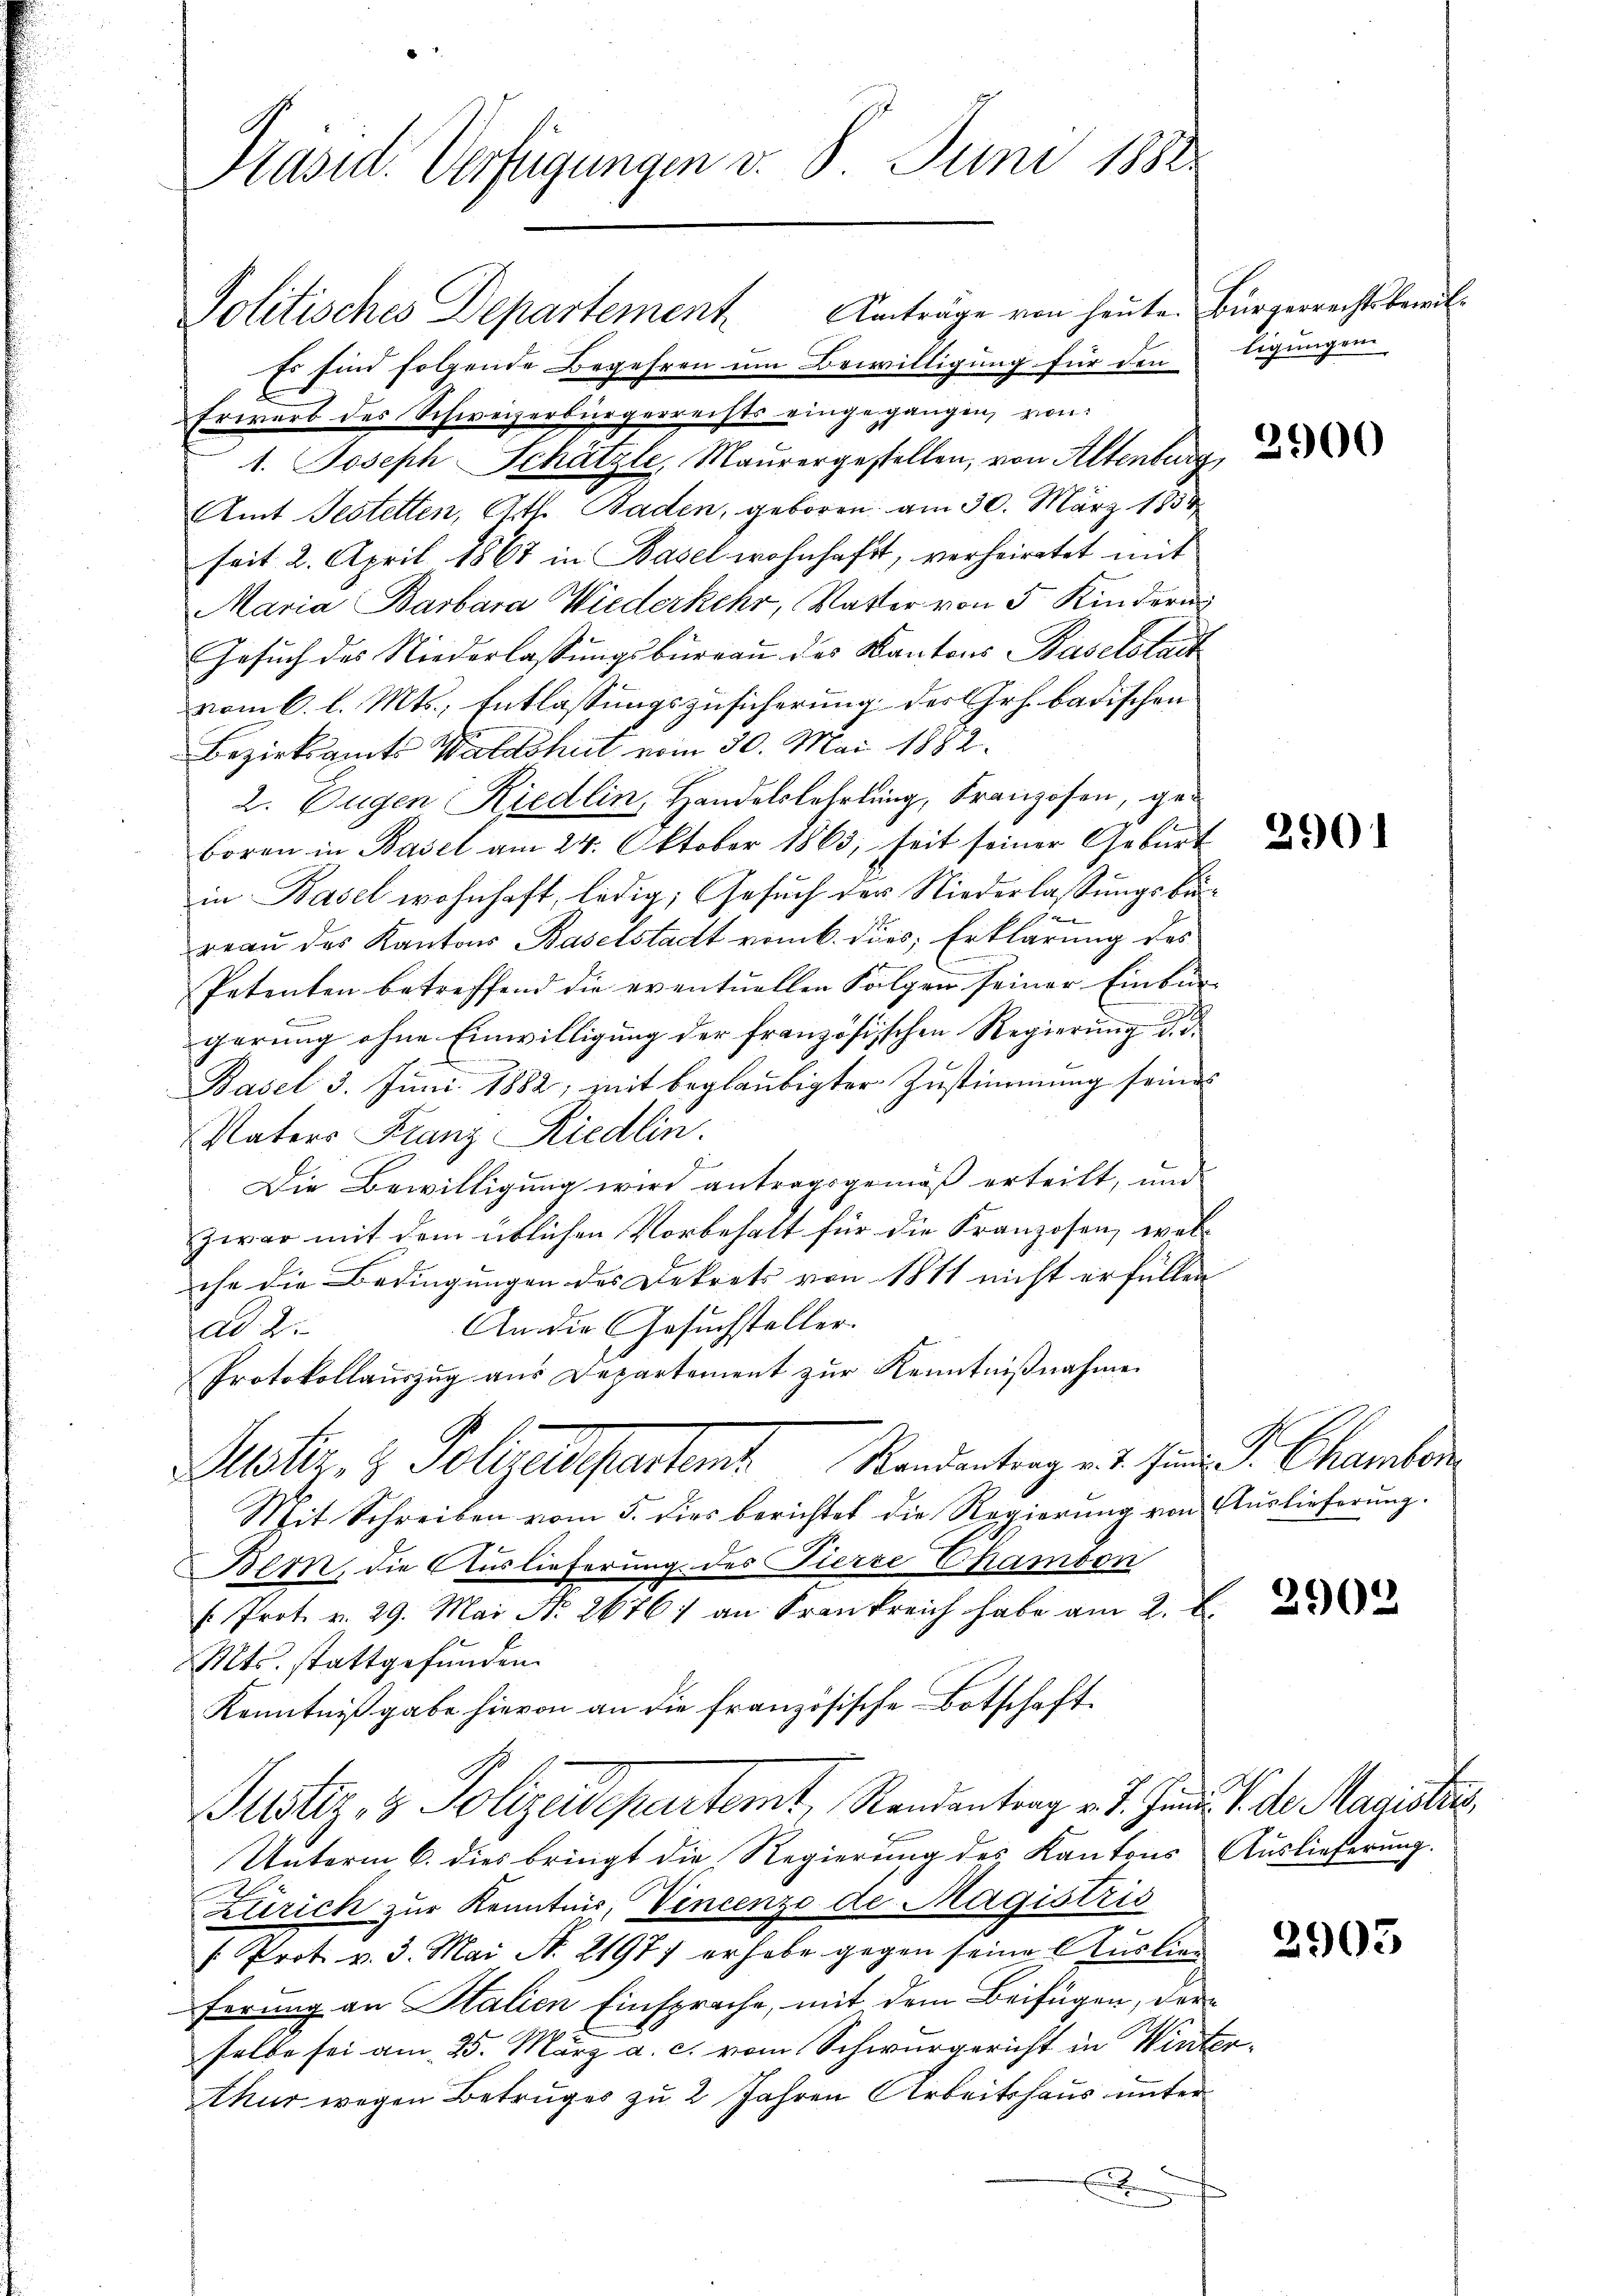
Präsid. Verfügungen v. 8. Juni 1888

Es sind folgende Begehren um Bewilligung für den
Erwarb des Schweizerbürgerrechts eingegangen, von
1. Joseph Schätzli, Maurergestellen, von Altenburg,
Amt Jestetten, Ath. Baden, geboren. am 30. März 1834
seit 2. April 1867 in Basel wohnhaft, verheiratet mit
Maria Barbara Wiederkehr, Vatter von 5 Kinderung
Gesuch des Niederlassungsbureau des Kantons Baselstadt
vom 6. l. Mts., Entlassungszusicherung des Chrh. badischen
Bezirksamts Waldshut vom 30. Mai 1882.
2. Augen Riedlin, Handelslehrtung, Franzosen, geboren in Basel am 24. Oktober 1863; seit seiner Geburt
in Basel wohnhaft, ledig, Gesuch der Niederlassungsber
reau das Kantons Baselstadt vom 6. die Erklärung des
Petenten betreffend die eventuellen Folgen seiner Einbür-
gerung ohne Einwilligung der französischen Regierung d. d.
Basel 3. Juni 1882, mit beglaubigter Zustimmung seines
Vaters Franz Riedlin.
Die Bewilligung wird antragsgemäß erteilt, und
zwar mit dem üblichen Vorbehalt für die Franzosen, welche die Bedingungen des Dekrets von 1811 nicht erfüllen
An die Gesuchsteller.
ad. 2.
Protokollauszug aus Departement zur Kenntnißnahme
Alster, 2 Polizeispartent Randentrag es sie L. Chamber
Mit Schreiben vom 5. dies berichtet die Regierŭng von Auslieferŭng.
Bem, die Auslieferung des Fierze Chambon
. Prot. v. 29. Mai No. 2676) an Frankreich habe am 2. d.
Mts. stattgefunden.
Kenntnißgabe hievon an die französische Botschaft¬
Justiz & Polizeidepartemt, Randantrag v. J. Januar d. d. Magistra
Unterm 6. dies bringt die Regierung des Kantons Auslieferung.
Zürich zur Kenntnis, Vincenzo de Magistris
[Prot v. 3. Mai N. 21977 erhabe gegen seine Auslieu
ferung an Stalien Einsprache, mit dem Beifügen, der
selbe sei am 25. März a. c. vom Schwurgericht in Winterthur wegen Betruges zu 2 Jahren Arbeitshaus unter
E

Politisches Departement Anträge von heute. Bürgerrechtsbewil¬

ligungen.

290

2903